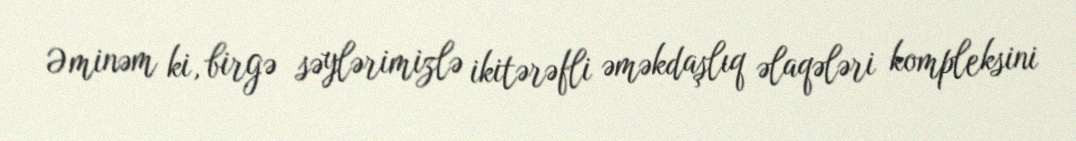
Əminəm ki, birgə səylərimizlə ikitərəfli əməkdaşlıq əlaqələri kompleksini